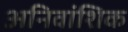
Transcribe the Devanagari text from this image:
अनिवांशिक